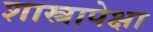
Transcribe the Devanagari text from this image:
शास्त्रापेक्षा